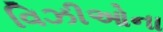
વિઝીઓના